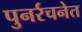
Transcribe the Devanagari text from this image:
पुनर्रचनेत